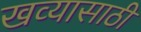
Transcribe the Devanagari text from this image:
खव्यासाठी